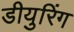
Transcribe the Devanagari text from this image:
डीयुरिंग